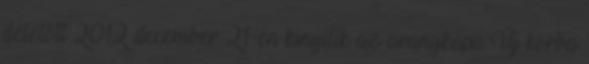
délelőtt 2012 december 21-én kinyílik az aranykapu Új korba